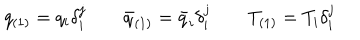
LaTeX: q _ { ( 1 ) } = q _ { i } \delta _ { i } ^ { j } \qquad \bar { q } _ { ( 1 ) } = \bar { q } _ { i } \delta _ { i } ^ { j } \qquad T _ { ( 1 ) } = T _ { i } \delta _ { i } ^ { j }